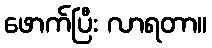
ဖောက်ပြီး လာရတာ။